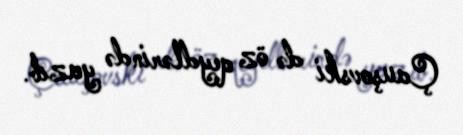
Çauşovski də öz qeydlərində yazıb.